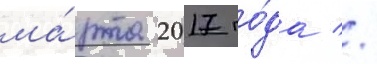
ма́рта 2017 го́да //